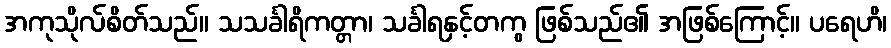
အကုသိုလ်စိတ်သည်။ သသင်္ခါရိကတ္တာ၊ သင်္ခါရနှင့်တကွ ဖြစ်သည်၏ အဖြစ်ကြောင့်။ ပရေဟိ၊